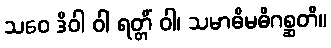
သဝေ ဒိဝါ ဝါ ရတ္တိံ ဝါ၊ သမာဓိမဓိဂစ္ဆတိ။